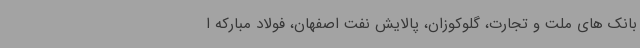
بانک های ملت و تجارت، گلوکوزان، پالایش نفت اصفهان، فولاد مبارکه ا